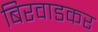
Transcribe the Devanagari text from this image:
बिरवाडकर